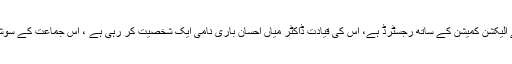
اللہ اکبر تحریک نامی یہ مذہبی سیاسی جماعت ڈسٹرکٹ بہاولپور سے الیکشن کمیشن کے ساتھ رجسٹرڈ ہے، اس کی قیادت ڈاکٹر میاں احسان باری نامی ایک شخصیت کر رہی ہے ، اس جماعت کے سوشل میڈیا پر پیجز بھی موجود ہیں تاہم فالوورز کی تعداد انتہائی کم ہے۔